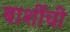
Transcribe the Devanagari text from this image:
बार्शीची